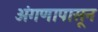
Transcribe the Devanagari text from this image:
अंगणापासून